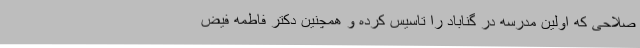
صلاحی که اولین مدرسه در گناباد را تاسیس کرده و همچنین دکتر فاطمه فیض